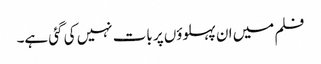
فلم میں ان پہلوؤں پر بات نہیں کی گئی ہے۔